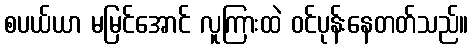
စပယ်ယာ မမြင်အောင် လူကြားထဲ ဝင်ပုန်းနေတတ်သည်။